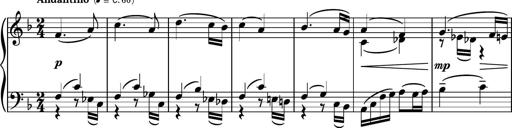
Title: Piano Sonatina No.5
Composer: Dimitri Sykias
Key: C minor